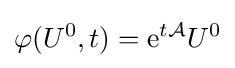
\varphi (U^{0},t)={\mbox{e}}^{t{\mathcal {A}}}U^{0}